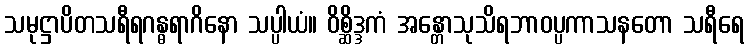
သမုဋ္ဌာပိတသရီရဂန္ဓရာဂိနော သပ္ပါယံ။ ဝိစ္ဆိဒ္ဒကံ အန္တောသုသိရဘာဝပ္ပကာသနတော သရီရေ